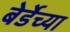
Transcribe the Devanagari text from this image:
बेर्डेच्या